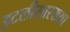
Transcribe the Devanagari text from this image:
इटलीसारख्या